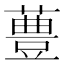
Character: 𱾧